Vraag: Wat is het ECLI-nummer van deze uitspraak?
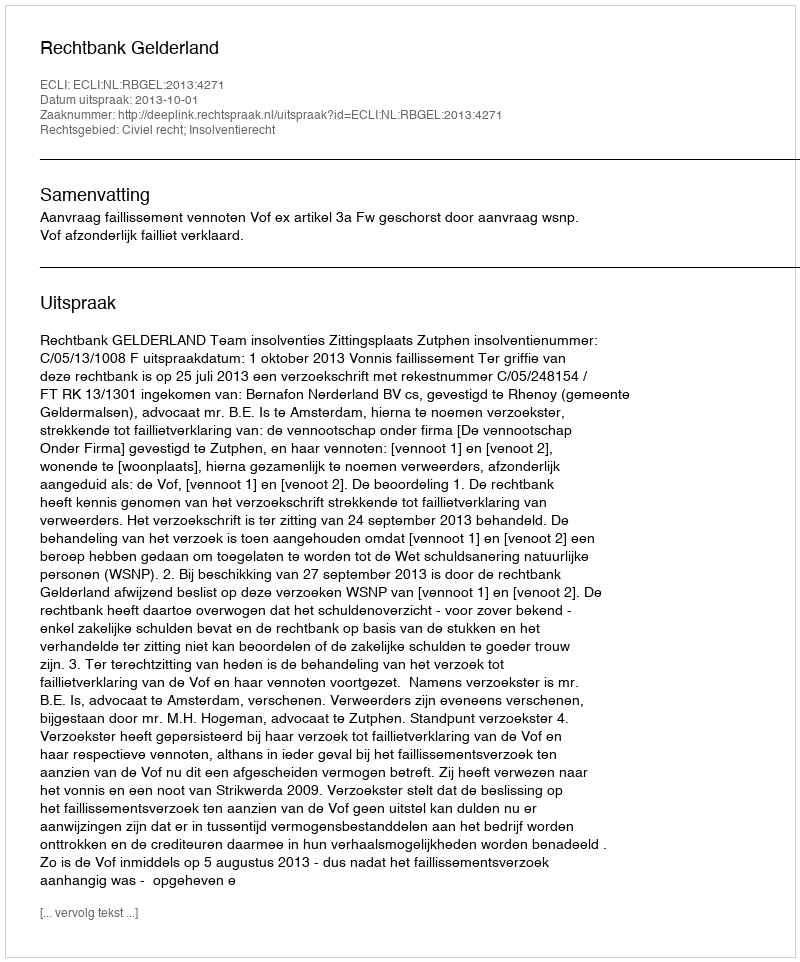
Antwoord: ECLI:NL:RBGEL:2013:4271